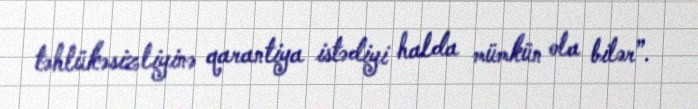
təhlükəsizliyinə qarantiya istədiyi halda mümkün ola bilər”.